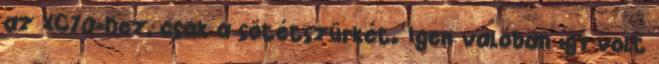
az XC70-hez, csak a sötétszürkét. Igen valóban így volt